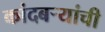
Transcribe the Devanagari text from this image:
कांदबर्‍यांची